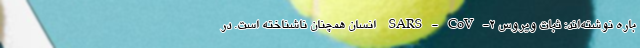
باره نوشته‌اند: ثبات ویروس SARS-CoV-۲ انسان همچنان ناشناخته است. در